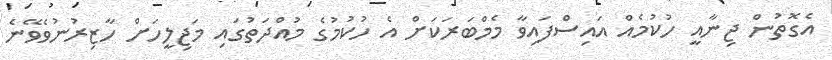
އެގޮތުން ޖިނާއީ ހުކުމެއް އައިސްފައިވާ މެމްބަރަކަށް އެ ހުކުމުގެ މުއްދަތުގައި މަޖިލީހަށް ހާޒިރުނުވެވޭނެ